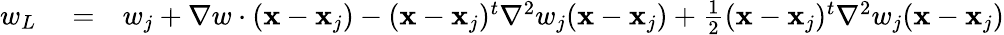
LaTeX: \begin{array}{rlr}{w_{L}}&{{}=}&{w_{j}+\nabla w\cdot({\mathbf x}-{\mathbf x}_{j})-({\mathbf x}-{\mathbf x}_{j})^{t}{\nabla}^{2}w_{j}({\mathbf x}-{\mathbf x}_{j})+\frac{1}{2}({\mathbf x}-{\mathbf x}_{j})^{t}{\nabla}^{2}w_{j}({\mathbf x}-{\mathbf x}_{j})}\end{array}